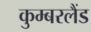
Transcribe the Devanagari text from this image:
कुम्बरलैंड